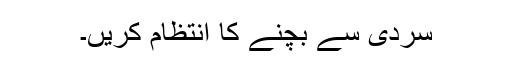
سردی سے بچنے کا انتظام کریں۔